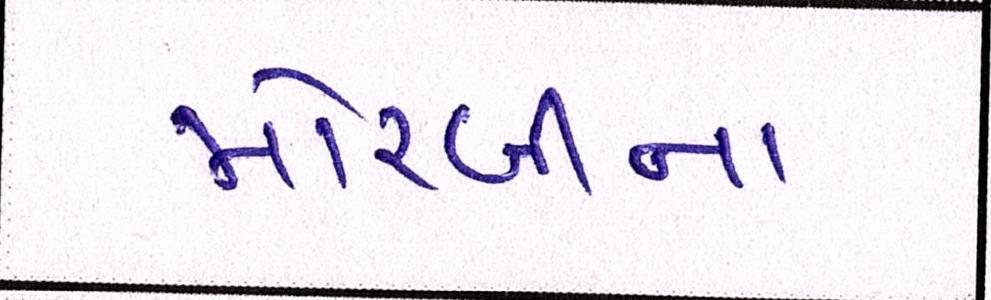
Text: મોરબીના